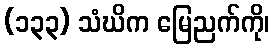
(၁၃၃) သံဃိက မြေညက်ကို၊